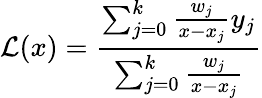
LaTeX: \mathcal{L}(x)={\frac{{\sum_{j=0}^{k}{\frac{{w_{j}}}{{x-x_{j}}}}y_{j}}}{{\sum_{j=0}^{k}{\frac{{w_{j}}}{{x-x_{j}}}}}}}